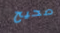
صحيح